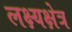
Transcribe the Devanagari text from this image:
लक्ष्यक्षेत्र